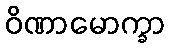
ဝိဏာမောက္ခာ